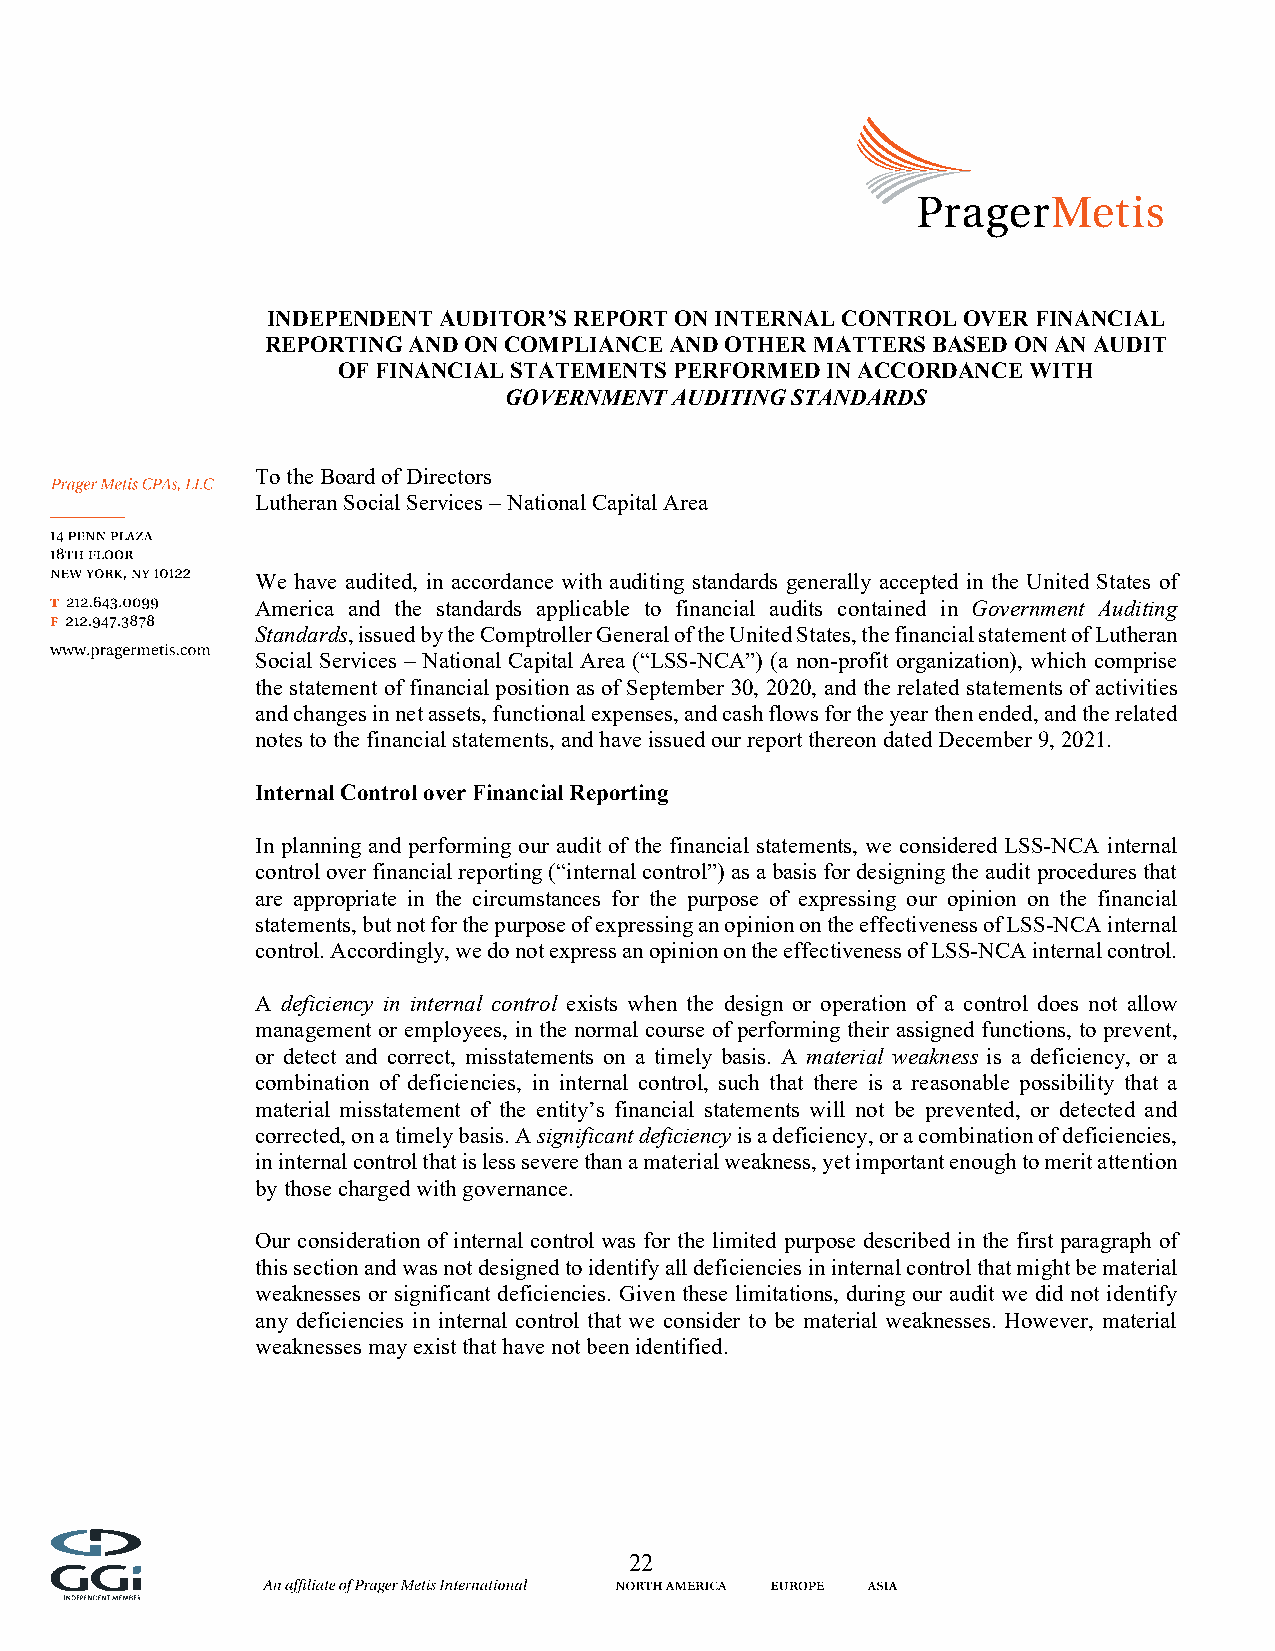
INDEPENDENT AUDITOR’S REPORT ON INTERNAL CONTROL OVER FINANCIAL
 REPORTING AND ON COMPLIANCE AND OTHER MATTERS BASED ON AN AUDIT
 OF FINANCIAL STATEMENTS PERFORMED IN ACCORDANCE WITH
 GOVERNMENT  AUDITING STANDARDS
 To the Board of Directors
 Lutheran Social Services – National Capital Area
 We have audited, in accordance with auditing standards generally accepted in the United States of
 America and the standards applicable to financial audits contained in Government Auditing
 Standards, issued by the Comptroller General of the United States, the financial statement of Lutheran
 Social Services – National Capital Area (“LSS-NCA”) (a non-profit organization), which comprise
 the statement of financial position as of September 30, 2020, and the related statements of activities
 and changes in net assets, functional expenses, and cash flows for the year then ended, and the related
 notes to the financial statements, and have issued our report thereon dated December 9, 2021.
 Internal Control over Financial Reporting
 In planning and performing our audit of the financial statements, we considered LSS-NCA internal
 control over financial reporting (“internal control”) as a basis for designing the audit procedures that
 are appropriate in the circumstances for the purpose of expressing our opinion on the financial
 statements, but not for the purpose of expressing an opinion on the effectiveness of LSS-NCA internal
 control. Accordingly, we do not express an opinion on the effectiveness of LSS-NCA internal control.
 A deficiency in internal control exists when the design or operation of a control does not allow
 management or employees, in the normal course of performing their assigned functions, to prevent,
 or detect and correct, misstatements on a timely basis. A material weakness is a deficiency, or a
 combination of deficiencies, in internal control, such that there is a reasonable possibility that a
 material misstatement of the entity’s financial statements will not be prevented, or detected and
 corrected, on a timely basis. A significant deficiency is a deficiency, or a combination of deficiencies,
 in internal control that is less severe than a material weakness, yet important enough to merit attention
 by those charged with governance.
 Our consideration of internal control was for the limited purpose described in the first paragraph of
 this section and was not designed to identify all deficiencies in internal control that might be material
 weaknesses or significant deficiencies. Given these limitations, during our audit we did not identify
 any deficiencies in internal control that we consider to be material weaknesses. However, material
 weaknesses may exist that have not been identified.
 22